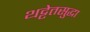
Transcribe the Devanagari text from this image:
थट्टेतसुद्धा